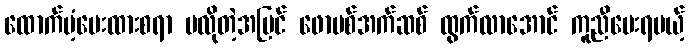
ထောက်ပံ့ပေးထားစရာ မလိုတဲ့အပြင် ဖောမစ်အက်ဆစ် ထွက်လာအောင် ကူညီပေးရမယ့်